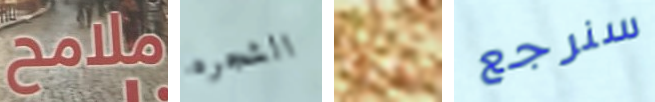
ملامح الشجره مرة سنرجع